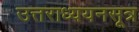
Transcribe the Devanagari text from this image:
उत्तराध्ययनसूत्र